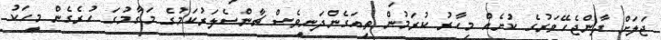
ޖަލަށް ދާންޖެހޭވަރުގެ ކުށެއް މިހާރު ކުރަމުން ތިއަގެންދަނީވެސް ޗާންސެލަރުކަމުގެ މަގާމުގަ ހުރެގެން މީހަކު